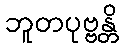
ဘူတပုဗ္ဗန္တိ